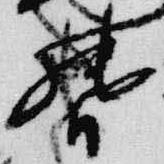
督